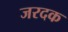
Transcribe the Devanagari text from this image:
जरदक